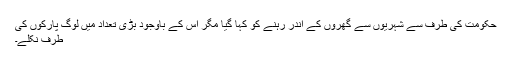
حکومت کی طرف سے شہریوں سے گھروں کے اندر رہنے کو کہا گیا مگر اس کے باوجود بڑی تعداد میں لوگ پارکوں کی
طرف نکلے۔